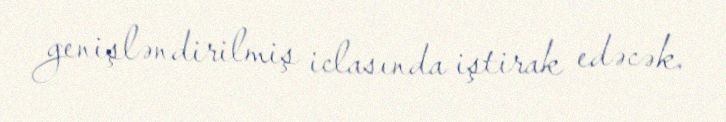
genişləndirilmiş iclasında iştirak edəcək.